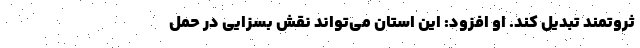
ثروتمند تبدیل کند. او افزود: این استان می‌تواند نقش بسزایی در حمل